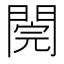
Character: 𨵄